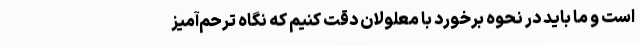
است و ما باید در نحوه برخورد با معلولان دقت کنیم که نگاه ترحم‌آمیز